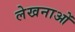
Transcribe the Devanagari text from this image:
लेखनाओं